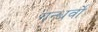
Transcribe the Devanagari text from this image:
गन्धर्वो